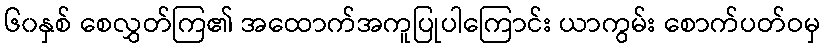
၆၀နှစ် စေလွှတ်ကြ၏ အထောက်အကူပြုပါကြောင်း ယာကွမ်း စောက်ပတ်ဝမှ